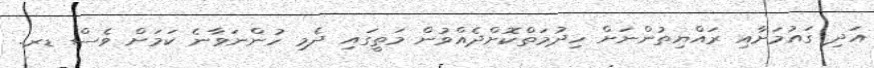
އަދި ގައުމަށާއި ރައްޔިތުންނަށް ހިދުމަތްކޮށްދެއްވުން މަތީގައި ދެމި ހުންނަވާނެ ކަމަށް ވެސް ޑރ.